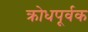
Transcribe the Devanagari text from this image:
क्रोधपूर्वक